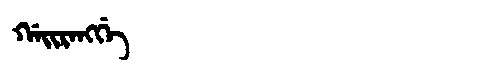
Manchu: ᡤᠠᡳᡵᠠᠩᡤᡝ
Romanization: GAIRANGGE